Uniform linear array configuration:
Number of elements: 8
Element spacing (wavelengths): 0.25
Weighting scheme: blackman
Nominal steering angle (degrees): -30
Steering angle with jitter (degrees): -28.617
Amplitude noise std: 0.05
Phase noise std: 0.05

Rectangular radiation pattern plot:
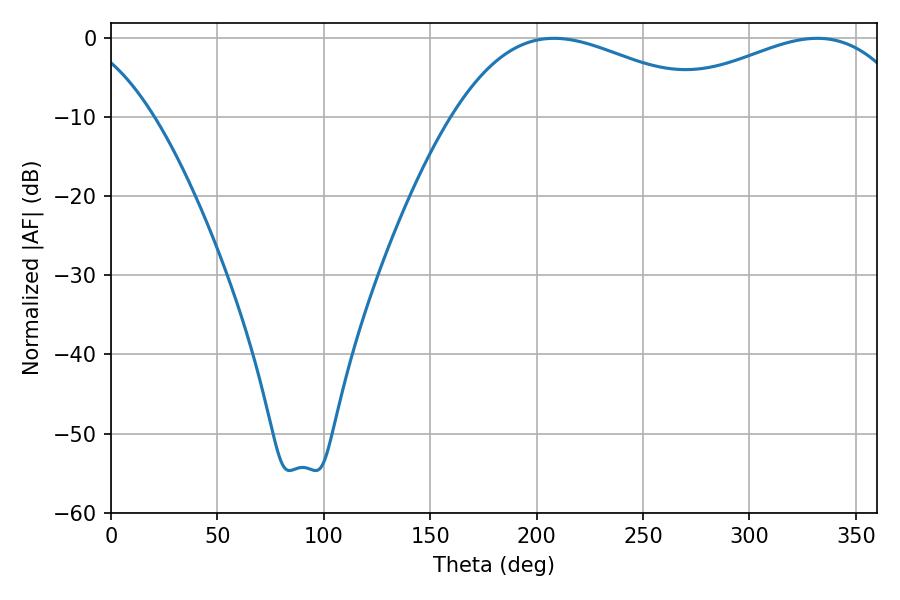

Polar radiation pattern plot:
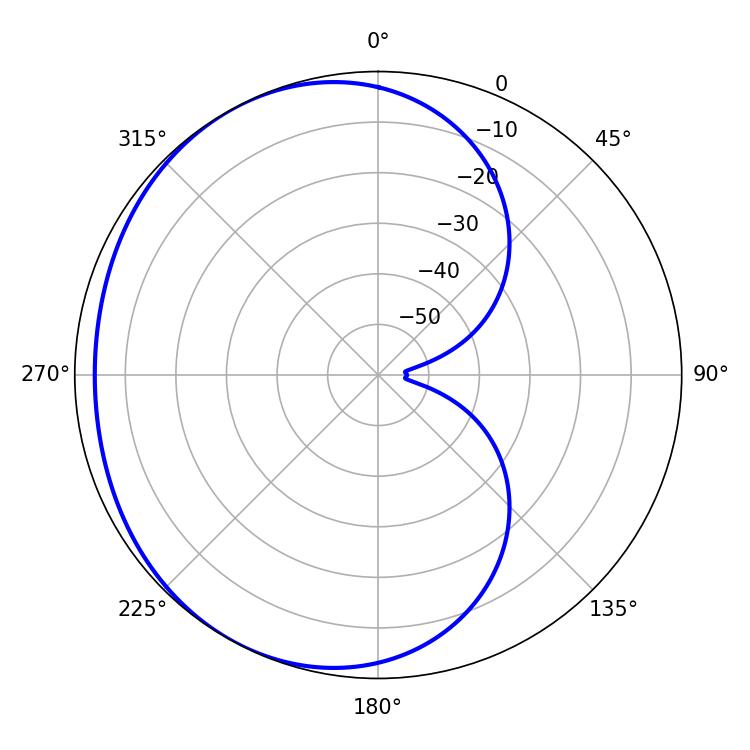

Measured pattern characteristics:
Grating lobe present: FALSE
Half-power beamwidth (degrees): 68.58
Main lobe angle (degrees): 208.08